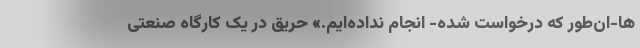
ها-‌ان‌طور که درخواست شده- انجام نداده‌ایم.» حریق در یک کارگاه صنعتی